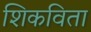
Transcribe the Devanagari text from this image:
शिकविता